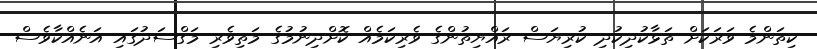
ކިތަންމެ ވަރަކަށް ތަޅާކުދިކުދި ކުރިޔަސް ރައްޔިތުންގެ ވެރިކަމެއް ކޮށްދިނުމުގެ މަތިވެރި މަގްސަދުގައި އަނެއްކާވެސް